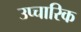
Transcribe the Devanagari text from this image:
उप्चारिक